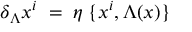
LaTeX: \delta _ { \Lambda } x ^ { i } \; = \; \eta \; \{ x ^ { i } , \Lambda ( x ) \}